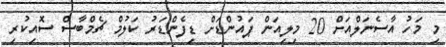
މި މަހު އާސެނަލްއަށް 20 މިލިއަން ޕައުންޑަށް ޑިފެންޑަރު ކަލުމް ޗެމްބާސް ސޮއިކުރި